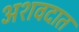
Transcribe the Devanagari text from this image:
अशवदात